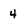
Character: 4